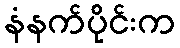
နံနက်ပိုင်းက